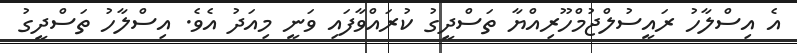
އެ އިސްލާހު ރައީސުލްޖުމްހޫރިއްޔާ ތަސްދީގު ކުރައްވާފައި ވަނީ މިއަދު އެވެ. އިސްލާހު ތަސްދީގު